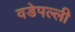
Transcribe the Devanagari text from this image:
वडेपल्‍ली